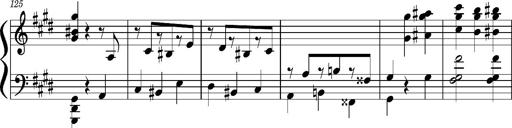
Title: Concerto sans orchestre, S.524a
Composer: Franz Liszt
Key: A major